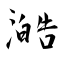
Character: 澔